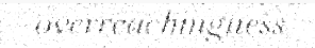
overreachingness